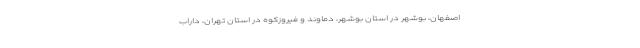
اصفهان، بوشهر در استان بوشهر، دماوند و فیروزکوه در استان تهران، داراب